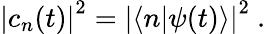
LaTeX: \left|c_{n}(t)\right|^{2}=\left|\langle n|\psi(t)\rangle\right|^{2}~.